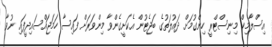
އިސްލާމިކް މިނިސްޓްރީ ހިންގުމަށް ދައުލަތުގެ ބަޖެޓުން އެކަށީގެންވާ މިންވަރަށް ފައިސާ ހަމަޖައްސައިދީފައި ނުވާ